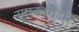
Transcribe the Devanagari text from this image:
सुतकागेंडोर